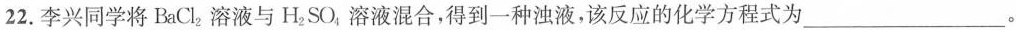
22.李兴同学将BaCl_{2}溶液与H_{2}SO_{4}溶液混合，得到一种浊液，该反应的化学方程式为___。